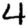
Digit: 4